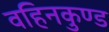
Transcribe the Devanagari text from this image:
वहिनकुण्ड